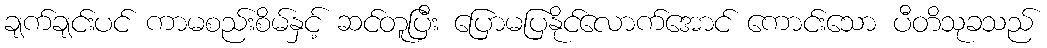
ချက်ချင်းပင် ကာမစည်းစိမ်နှင့် ဆင်တူပြီး ပြောမပြနိုင်လောက်အောင် ကောင်းသော ပီတိသုခသည်